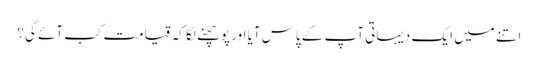
اتنے میں ایک دیہاتی آپ کے پاس آیا اور پوچھنے لگا کہ قیامت کب آئے گی؟